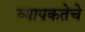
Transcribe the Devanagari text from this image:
व्यापकतेचे